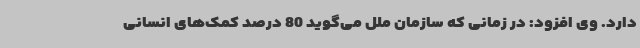
دارد. وی افزود: در زمانی که سازمان ملل می‌گوید 80 درصد کمک‌های انسانی